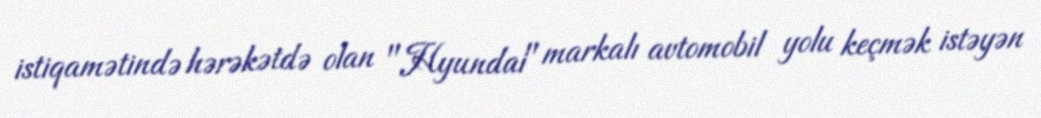
istiqamətində hərəkətdə olan "Hyundai" markalı avtomobil yolu keçmək istəyən